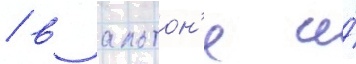
/ в альтон'е и́